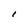
Character: 1